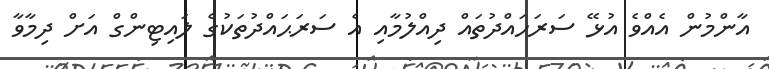
އާންމުން އެއްވެ އުޅޭ ސަރަހައްދުތައް ދިއްލުމާއި އެ ސަރަޙައްދުތަކުގެ ލައިޓިންގް އަށް ދިމާވާ